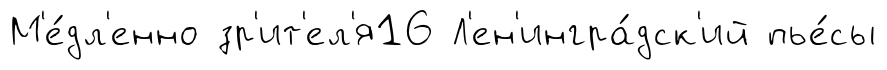
М'е́дл'енно зр'ит'ел'я16 Л'ен'ингра́дск'ий пье́сы